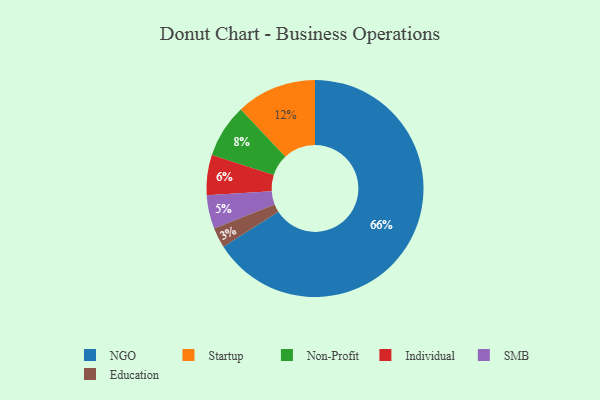
{"axis": {"x": "Category", "y": "Percentage"}, "legend": ["Education", "Individual", "NGO", "Non-Profit", "SMB", "Startup"], "data": [{"x": "NGO", "y": 66, "type": "NGO"}, {"x": "Education", "y": 3, "type": "Education"}, {"x": "SMB", "y": 5, "type": "SMB"}, {"x": "Individual", "y": 6, "type": "Individual"}, {"x": "Non-Profit", "y": 8, "type": "Non-Profit"}, {"x": "Startup", "y": 12, "type": "Startup"}]}